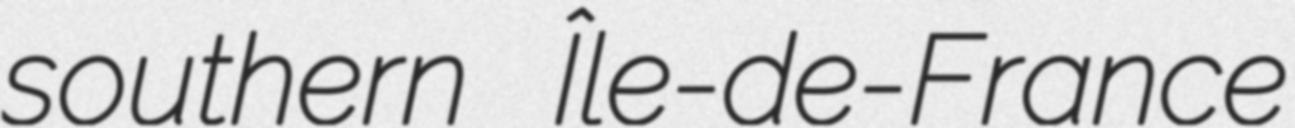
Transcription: southern Île-de-France